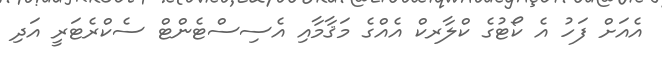
އެއަށް ފަހު އެ ކޯޓުގެ ކްލާރކް އެއްގެ މަޤާމާއި އެސިސްޓެންޓް ސެކްރެޓަރީ އަދި